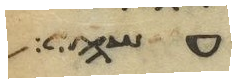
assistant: עשה